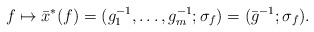
\begin{align*}f \mapsto \bar{x}^*(f) = (g_{1}^{-1}, \ldots, g_{m}^{-1}; \sigma_f) = (\bar{g}^{-1};\sigma_f).\end{align*}